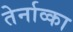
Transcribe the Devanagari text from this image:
तेर्नाव्का